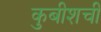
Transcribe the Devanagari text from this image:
कुबीशची